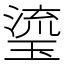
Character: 瑬